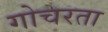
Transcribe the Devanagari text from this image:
गोचरता